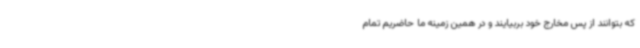
که بتوانند از پس مخارج خود بربیایند و در همین زمینه ما حاضریم تمام